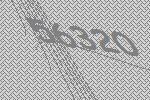
56320